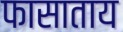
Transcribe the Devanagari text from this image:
फासाताय